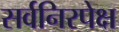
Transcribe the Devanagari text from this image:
सर्वनिरपेक्ष